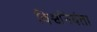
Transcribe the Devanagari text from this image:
विश्वनियंता